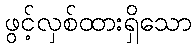
ဖွင့်လှစ်ထားရှိသော